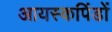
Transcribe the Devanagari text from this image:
आयस्कपिंडों